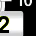
Digit: 2